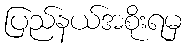
ပြည်နယ်အစိုးရမှ